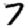
Digit: 7